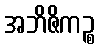
အဘိဇိကဉ္စ